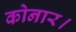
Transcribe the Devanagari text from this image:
कोनार।